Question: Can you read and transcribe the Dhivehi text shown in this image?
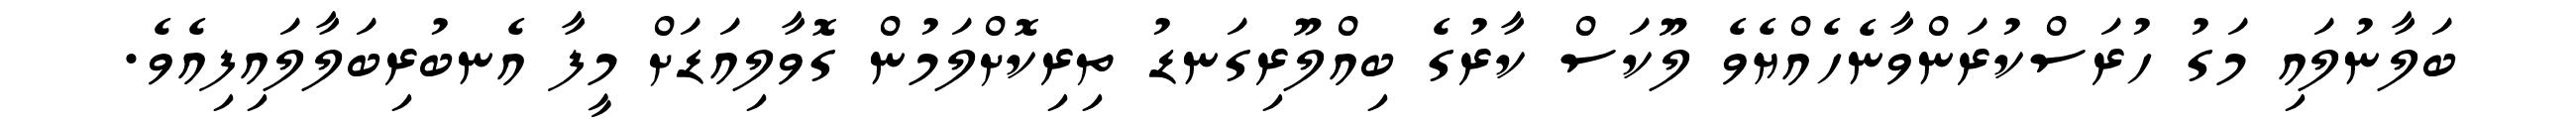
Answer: ބަލާނުލައި މަގު ހުރަސްކުރަންވާނެހެއްޔެވެ ލޫކަސް ކާރުގެ ބިއްލޫރިގަނޑު ތިރިކޮށްލަމުން ގޮވާލިއަޑަށް މީފާ އެނބުރިބަލާލައިފިއެވެ.